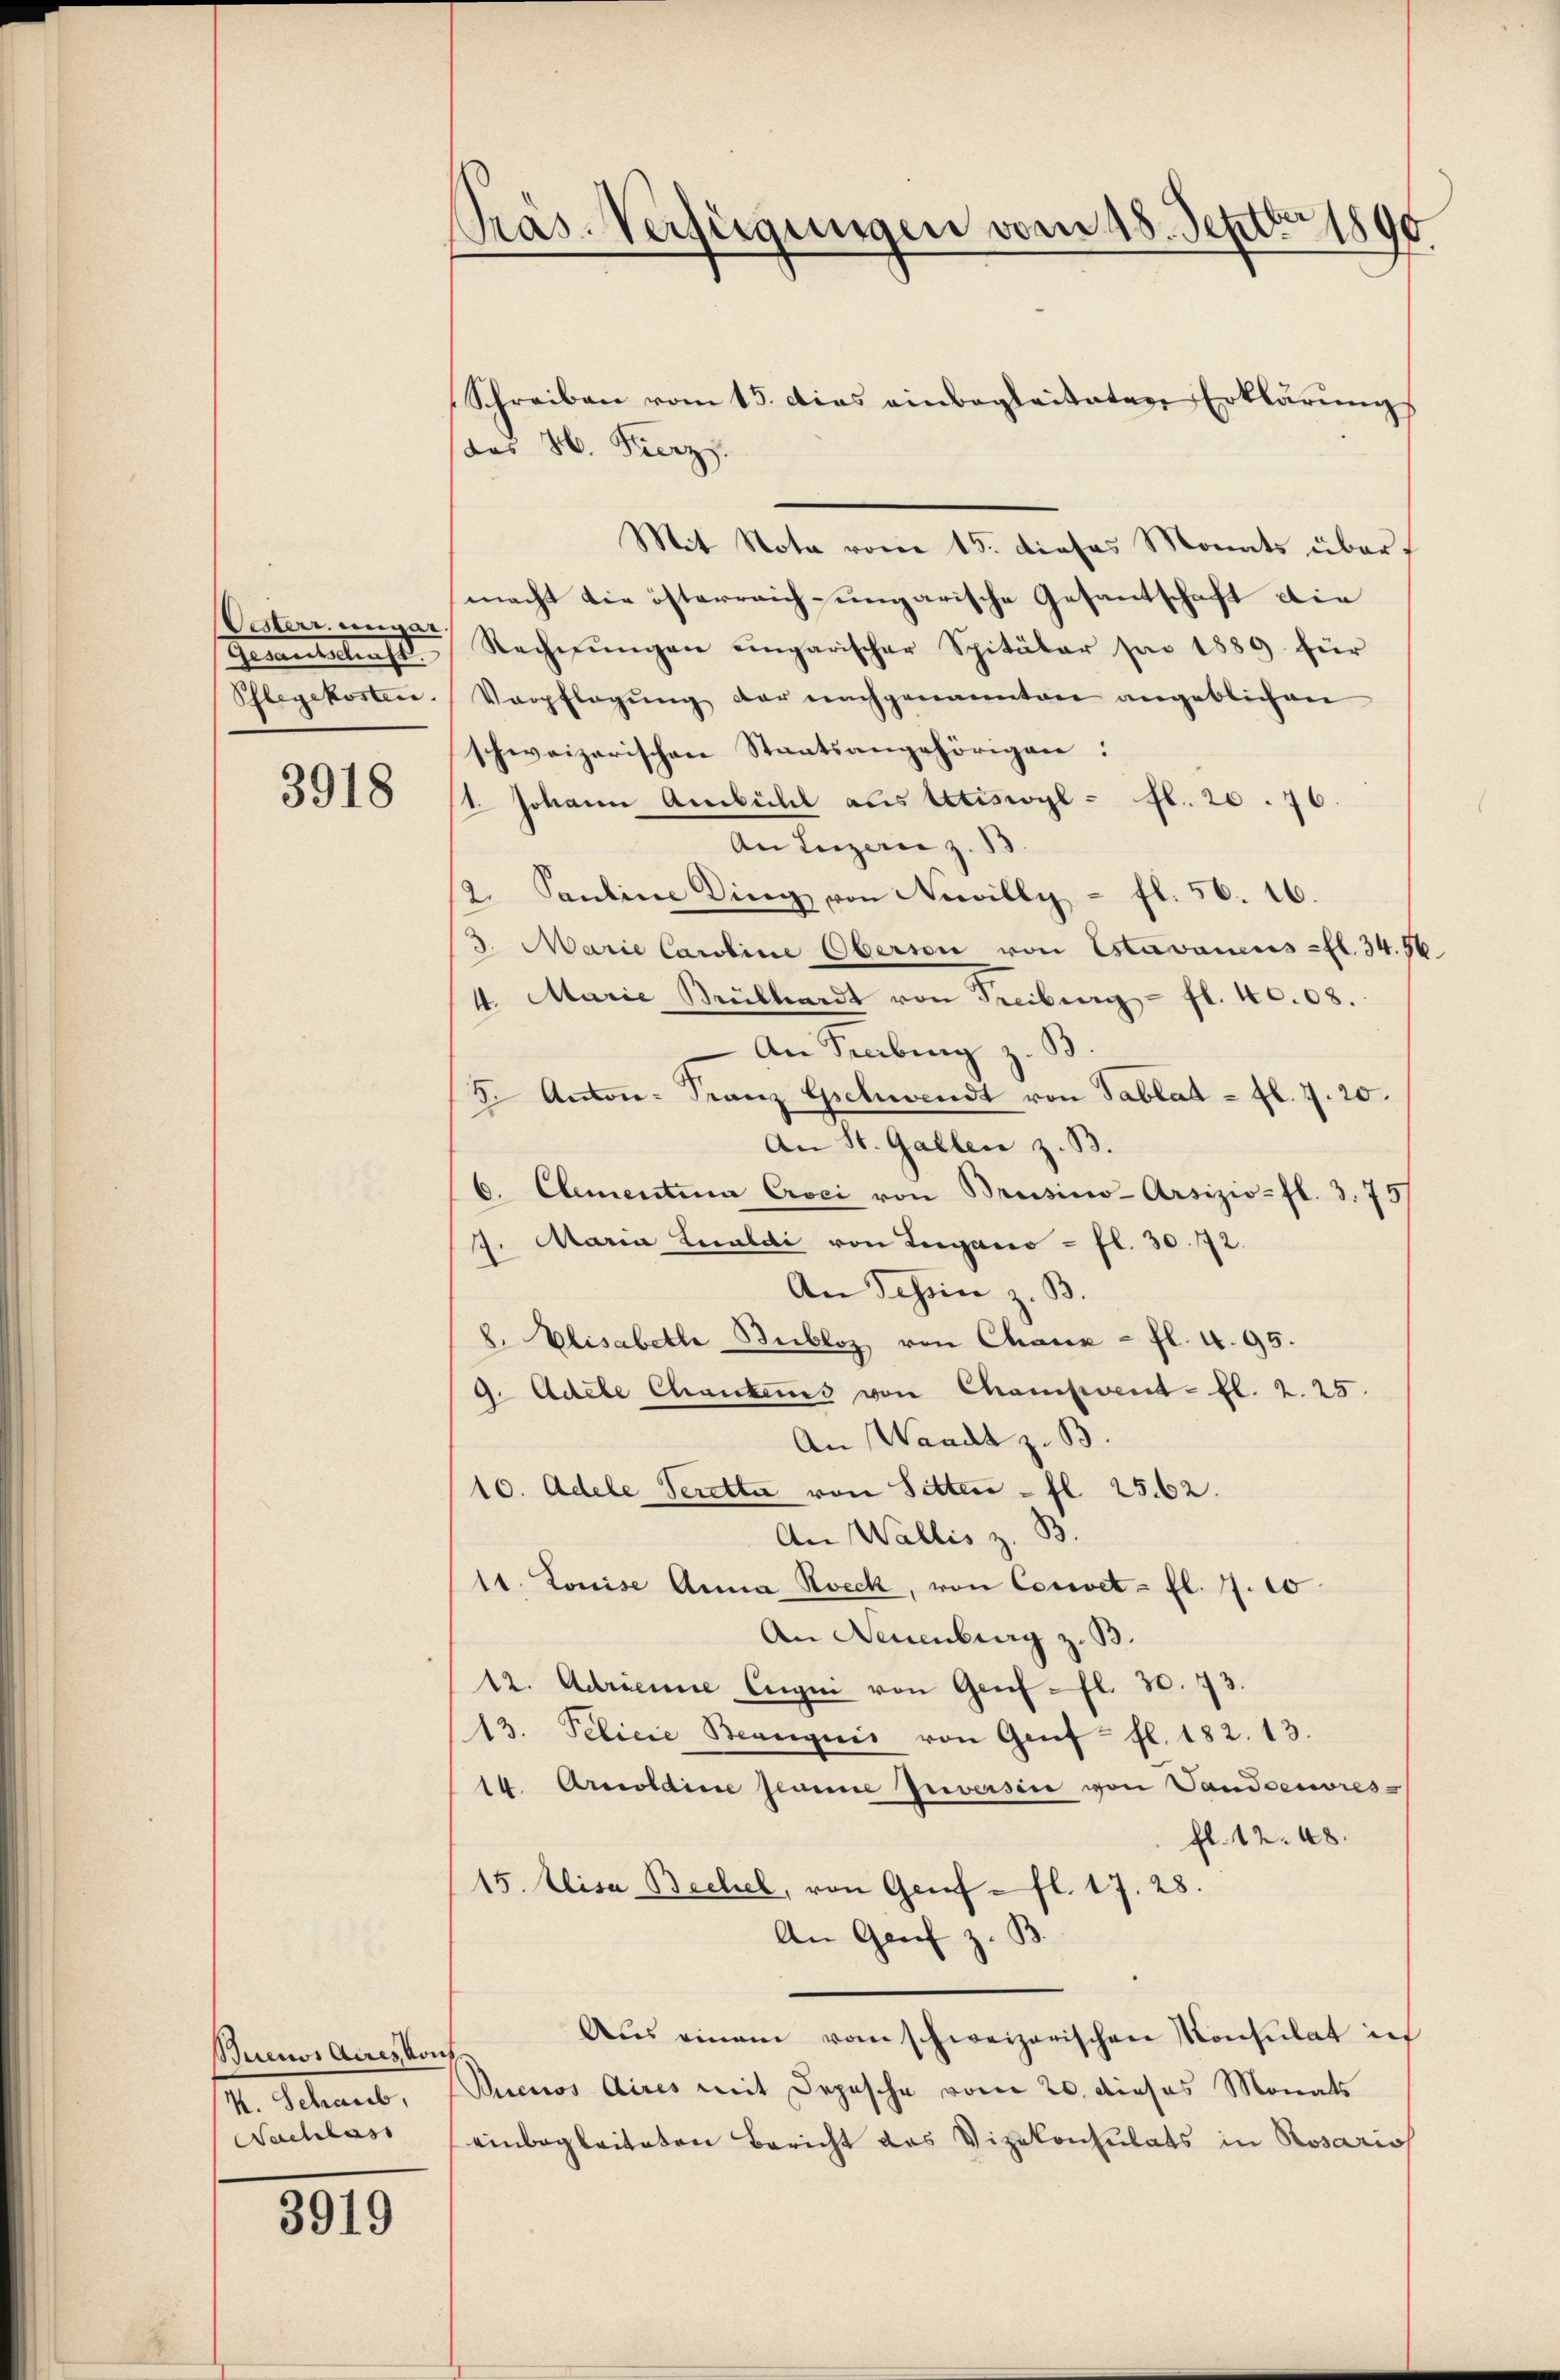
Oesterr. ungar.
Gewandelten se
Phlegekosten.

3918

Buenos Aires Kons
H. Schnet,
Nachlass

3919

Pras. Verfügungen vom 18. Septbr 1890

Schreiben vom 15. dies einbegleitaten Erklärŭngs
aes 26. Fierz
Mit Nota vom 15. dieses Monats über
macht die österreich-ungarische Gesantschaft die
Rechnŭngen eingarischer Spitäler pro 1889 für
Verpflegŭng der nachgenannten angeblichen
schweizerischen Staatsangehörigen:
1. Johann Ausbühl aus betiswyl - fl. 20. 76
An Luzern z. B.
2. Pauline Ding von Newilly - fl. 56. 16.
3. Marie Caroline Oberson von Estavanens-fl. 34. 96
4. Marie Brüthardt von Freiburg - fl. 40.08.
 An Sabing z. B.
5. Anton: Franz Gschwendt von Tablat = fl. 7. 20.
An St. Gallen z. B.
6. Clementina Crei von Brusino-Arsizio-fl. 3. 75
J. Maria Lualdi von Lugano = fl. 30. 172.
An Schein z. B.
8. Elisabette Bubloz von Chaux- fl. 4. 95.
9. Adele Chanckens von Chament - fl. 2. 25.
An Waadt z. B.
10. Adele Seretta von Sitten - fl. 2562.
An Wallis z. B.
11. Louise Anna Boeck, von Corret - fl. 7. 10
An Neuenburg z. B.
12. Adrienne Eugui von Genf fl. 30. 73.
13. Pelicie Beanquis von Genf fl. 182. 13.
10 Arolaine planne Zuversin von Landoeuvres-
fl. 12. 48.
15. Elisa Bechel, von Genf fl. 17. 28.
An Genf z. B.
Aus einem vom schweizerischen Konsulat in
Buenos Aires mit Depesche vom 20. dieses Monats
einbegleiteten Bericht das Vizekonsulats in Rosarios